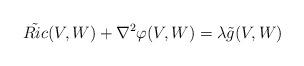
LaTeX: \begin{align*}\tilde{Ric}(V,W)+\nabla^2\varphi(V,W)=\lambda\tilde{g}(V,W)\end{align*}